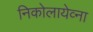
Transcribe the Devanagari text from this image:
निकोलायेव्ना